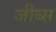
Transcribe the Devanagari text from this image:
जीब्स